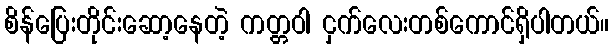
စိန်ပြေးတိုင်းဆော့နေတဲ့ ကတ္တဝါ ငှက်လေးတစ်ကောင်ရှိပါတယ်။